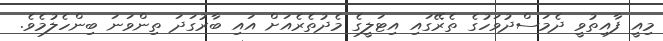
މިއީ ފާއިތުވީ ދެމަސްދުވަހުގެ ތެރޭގައި އިޓަލީގެ މެދުތެރެއަށް އައި ބާރުގަދަ ތިންވަނަ ބިންހެލުމެވެ.